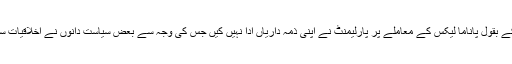
محمود خان اچکزئی کے بقول پاناما لیکس کے معاملے پر پارلیمنٹ نے اپنی ذمہ داریاں ادا نہیں کیں جس کی وجہ سے بعض سیاست دانوں نے اخلاقیات سے گری ہو باتیں کیں۔